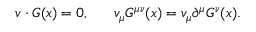
v \cdot G ( x ) = 0 , \ \ \ \ \ v _ { \mu } G ^ { \mu \nu } ( x ) = v _ { \mu } \partial ^ { \mu } G ^ { \nu } ( x ) .